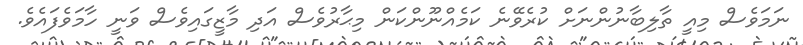
ނަމަވެސް މިއީ ތާލިބާނުންނަށް ކުރެވޭނެ ކަމެއްނޫންކަން މިޙާރުވެސް އަދި މާޒީގައިވެސް ވަނީ ހާމަވެފައެވެ.